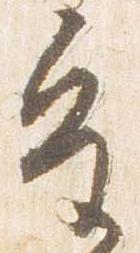
皇